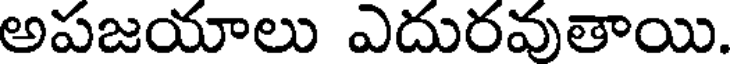
అపజయాలు ఎదురవుతాయి.